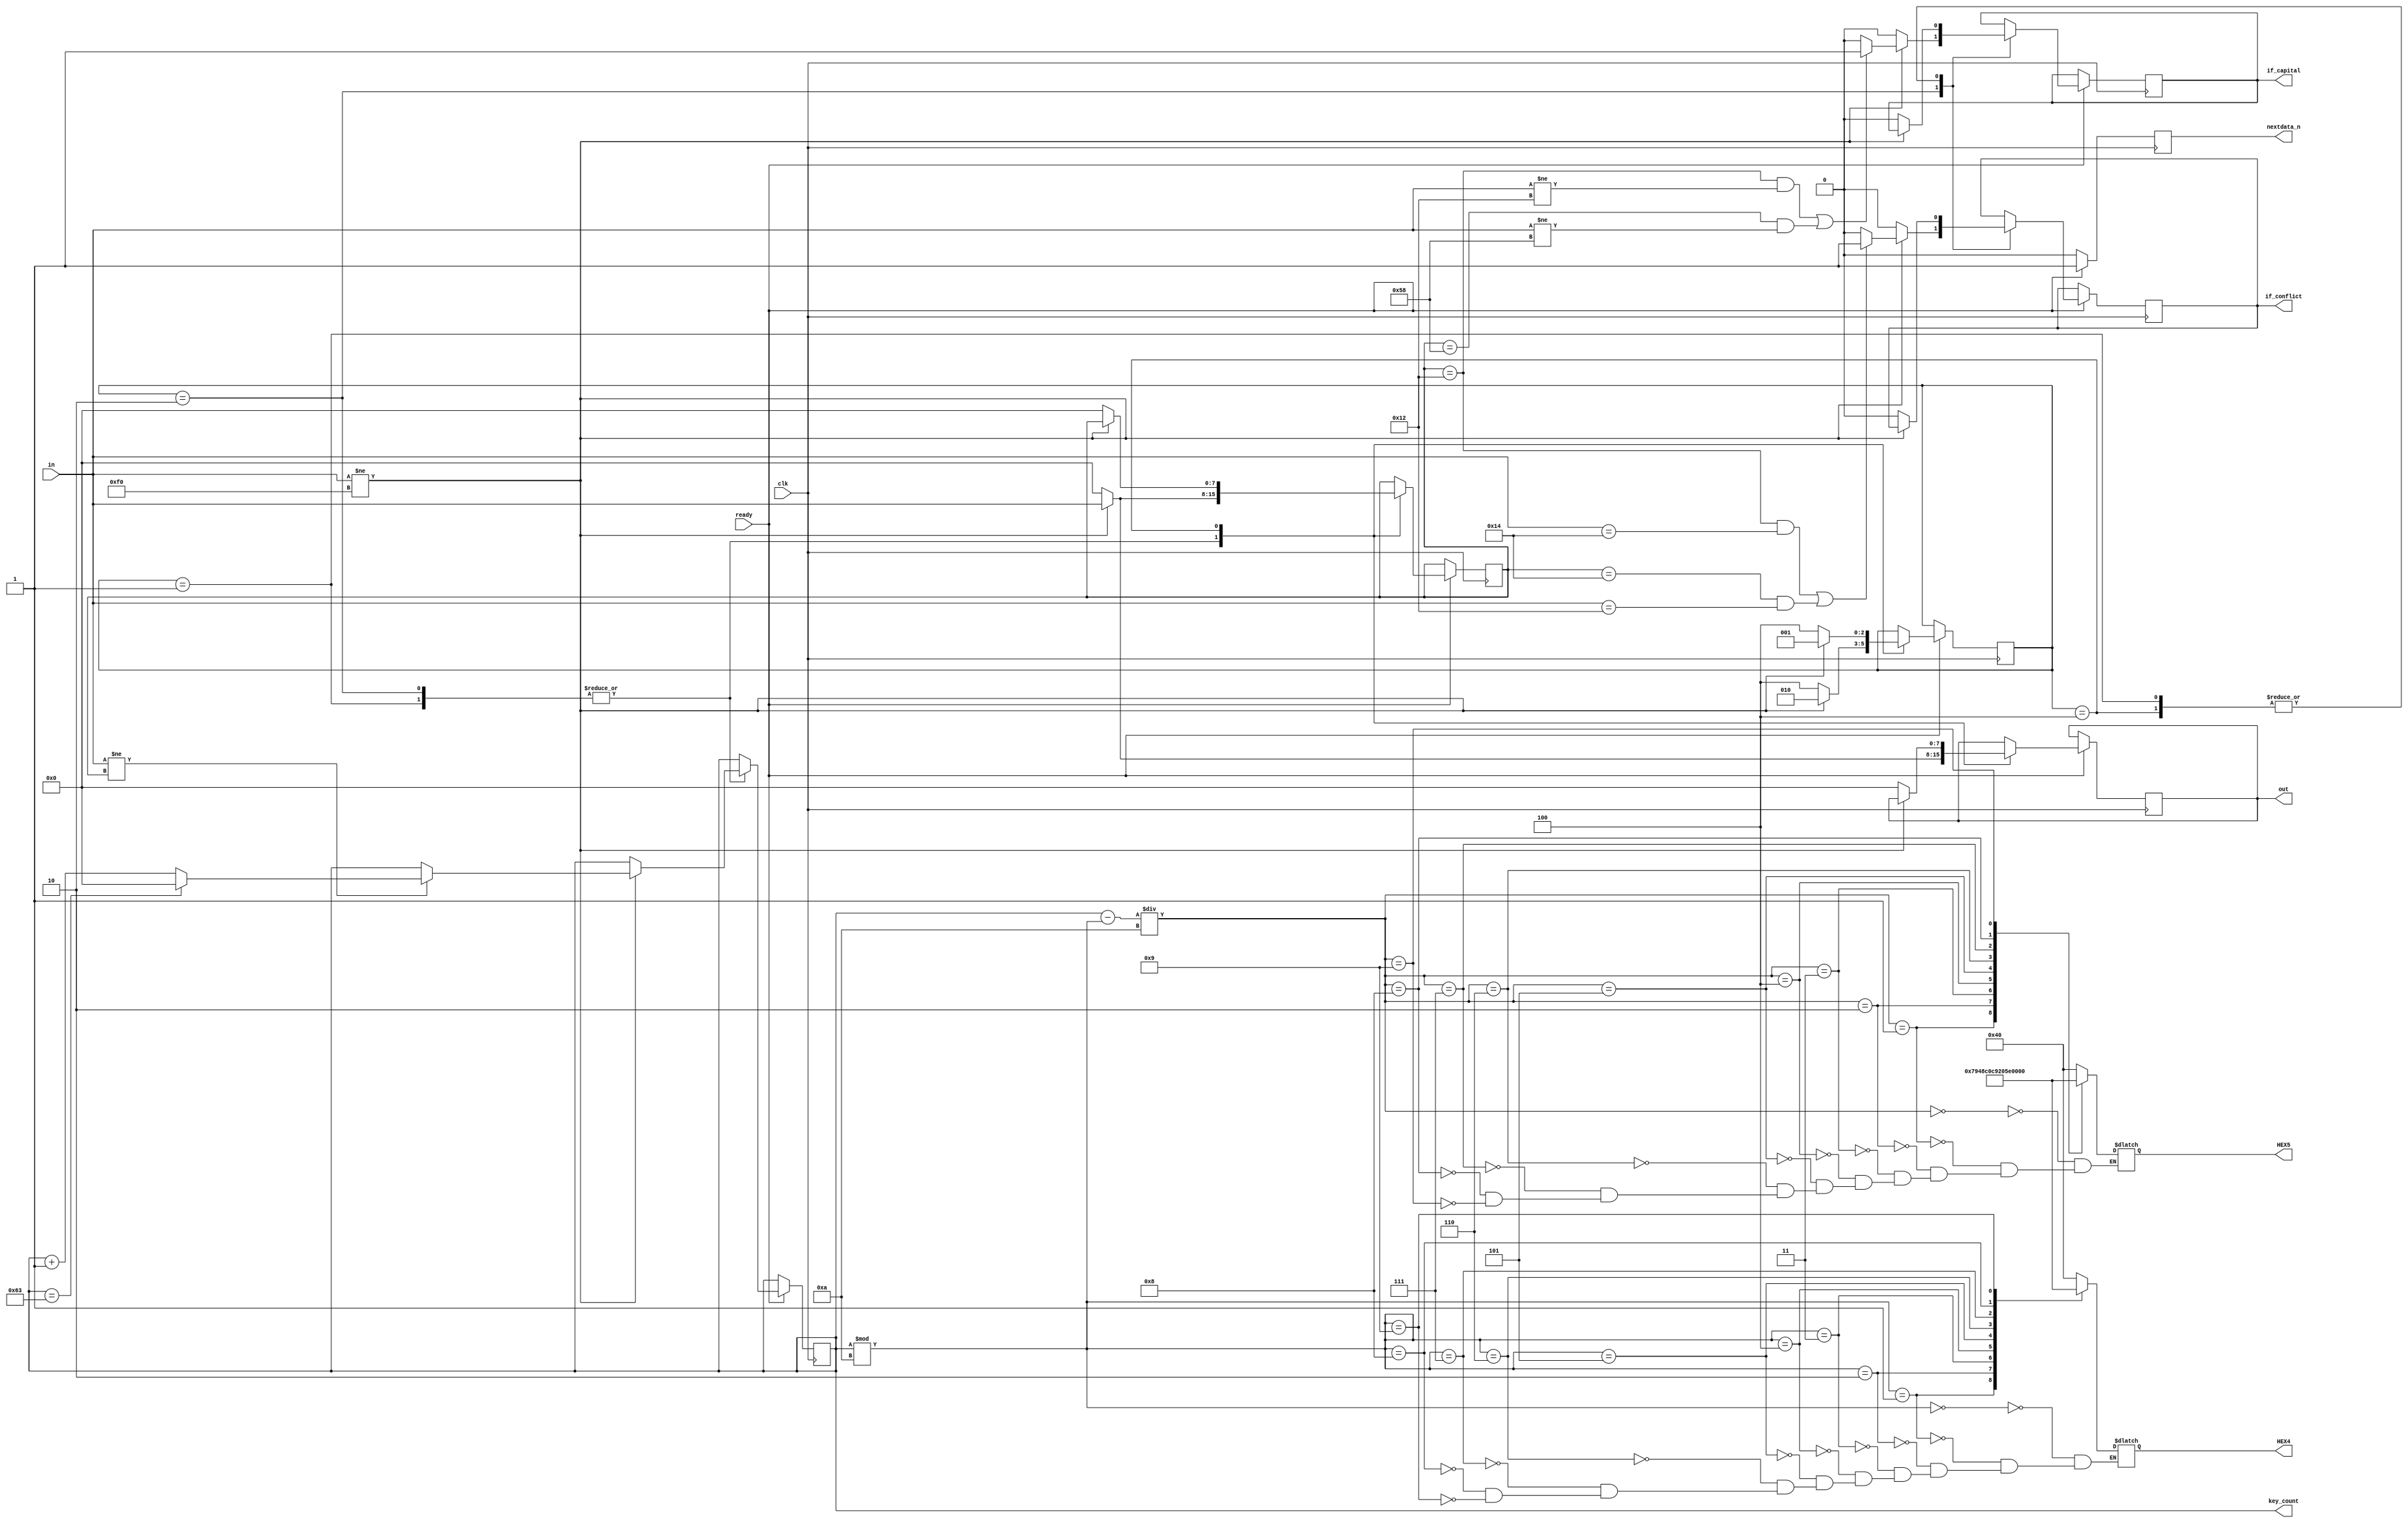
module ana_insert(
	input clk,
	input ready,
	input [7:0]in,
	output reg [7:0]out,
	output reg [7:0]key_count,
	output reg nextdata_n,
	output reg if_conflict,
	output reg if_capital,
	output reg [6:0]HEX4,
	output reg [6:0]HEX5
);
	reg [2:0]state=3'b001;
	reg [7:0]pre=0;
	initial key_count=0;
	
	always @ (posedge clk)
		if(clk)
			begin
			if(ready)
				begin
				case(state)
					3'b001:  //
					begin
					if(in!=8'hf0) 
						begin
						if(in!=pre)
							begin
							if(key_count==8'd99) 
								key_count<=8'd00;
							else 
								key_count<=key_count+1;
							end
						out<=in;
						pre<=in;
						state<=3'b010;
						end
					else
						begin
						out<=0; 
						pre<=0;
						if_conflict<=0;
						if_capital<=0;
						state<=3'b100;
						end
					end
					3'b010:  //
						begin
						if(in!=8'hf0) 
							begin
							if(in!=pre)
								begin
								if(key_count==8'd99) 
									key_count<=8'd00;
								else 
									key_count<=key_count+1;
								end
//							if((pre==8'h12&&in!=8'h12)||(pre==8'h14&&in!=8'h14))
							if((pre==8'h12&&in==8'h14)||(pre==8'h14&&in==8'h12))
								if_conflict<=1;
							else
								if_conflict<=0;
							if((pre==8'h12&&in!=8'h12)||(pre==8'h58&&in!=8'h58))
								if_capital<=1;
							else
								if_capital<=0;
							out<=in;
							pre<=in;
							state<=3'b010;
							end
						else 
							begin 
							state<=3'b100; 
							out<=0;
							pre<=0;
							if_conflict<=0;
							if_capital<=0;
							end
						end
					3'b100:  //0xf0
						begin
						if(in!=8'hf0) 
							state<=3'b001;
						else 
							begin 
							state<=3'b100; 
							out<=0; 
							pre<=0;
							if_conflict<=0;
							if_capital<=0;
							end
						end
					endcase
					nextdata_n<=1;
					end
				else
					nextdata_n<=0;
				end
	
	always @ (key_count)
		begin
		case(key_count%10)
			0:HEX4=7'b1000000;
			1:HEX4=7'b1111001;
			2:HEX4=7'b0100100;
			3:HEX4=7'b0110000;
			4:HEX4=7'b0011001;
			5:HEX4=7'b0010010;
			6:HEX4=7'b0000010;
			7:HEX4=7'b1111000;
			8:HEX4=7'b0000000;
			9:HEX4=7'b0010000;
		endcase
		case((key_count-key_count%10)/10)
			0:HEX5=7'b1000000;
			1:HEX5=7'b1111001;
			2:HEX5=7'b0100100;
			3:HEX5=7'b0110000;
			4:HEX5=7'b0011001;
			5:HEX5=7'b0010010;
			6:HEX5=7'b0000010;
			7:HEX5=7'b1111000;
			8:HEX5=7'b0000000;
			9:HEX5=7'b0010000;
		endcase
		end

endmodule